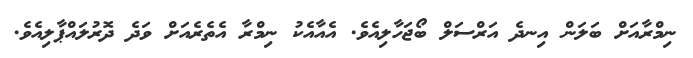
ނިމްރާއަށް ބަލަން އިނދެ އަރްސަލް ބޯޖަހާލިއެވެ. އެއާއެކު ނިމްރާ އެތެރެއަށް ވަދެ ދޮރުލައްޕާލިއެވެ.